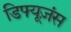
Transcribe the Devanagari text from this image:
डिफ्यूज़ंस